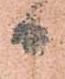
日